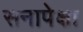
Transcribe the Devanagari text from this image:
सनापेक्षा